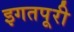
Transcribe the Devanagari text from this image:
इगतपूरी